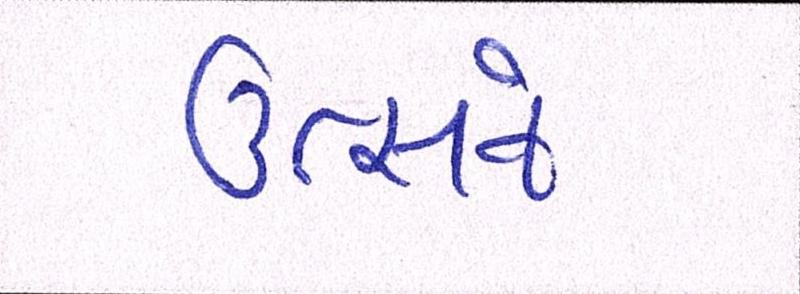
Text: ઉત્સવે